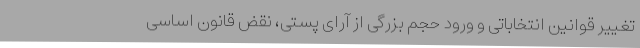
تغییر قوانین انتخاباتی و ورود حجم بزرگی از آرای پستی، نقض قانون اساسی